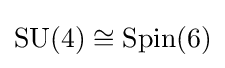
\operatorname {SU} (4)\cong \operatorname {Spin} (6)